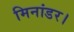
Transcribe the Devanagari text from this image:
मिनांडर।